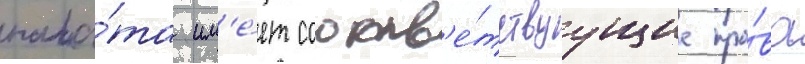
пала́та им'е́ет соотв'е́тствуущие пра́ва